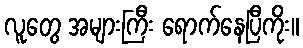
လူတွေ အများကြီး ရောက်နေပြီကိုး။